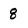
Character: 8